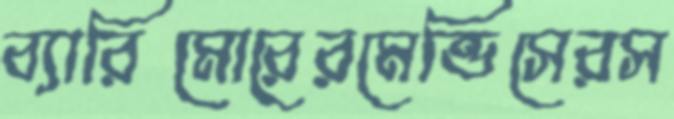
ব্যারিমোরেরমেন্ডিসেরস